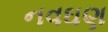
નવઘણ